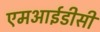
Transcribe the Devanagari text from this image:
एमआईडीसी